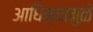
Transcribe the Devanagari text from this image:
आधिक्यामुळे